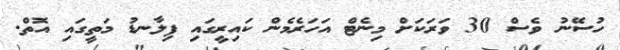
ހުސޭނު ވެސް 30 ވަރަކަށް މިނެޓް އަހަރެމެން ކައިރީގައި ފިލާނޑު މަތީގައި އޮތް.